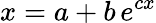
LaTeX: x=a+b\, e^{cx}